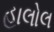
હાલોલ